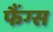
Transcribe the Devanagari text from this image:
फैंग्स